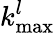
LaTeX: k_{\mathrm{max}}^{l}